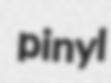
pinyl